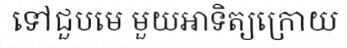
ទៅជួបមេ មួយអាទិត្យក្រោយ